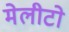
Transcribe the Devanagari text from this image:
मेलीटो